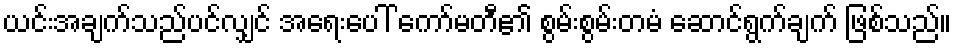
ယင်းအချက်သည်ပင်လျှင် အရေးပေါ် ကော်မတီ၏ စွမ်းစွမ်းတမံ ဆောင်ရွက်ချက် ဖြစ်သည်။